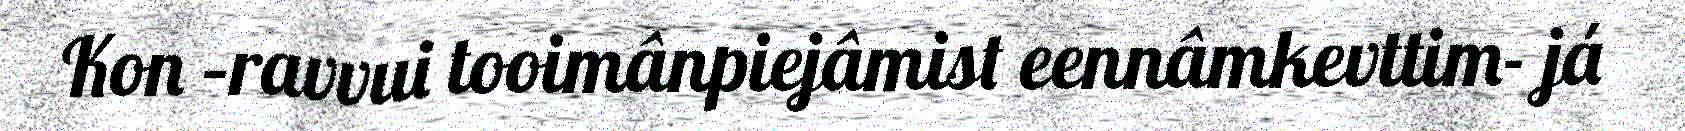
Kon –ravvui tooimânpiejâmist eennâmkevttim- já